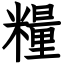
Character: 糧